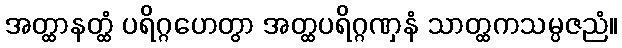
အတ္ထာနတ္ထံ ပရိဂ္ဂဟေတွာ အတ္ထပရိဂ္ဂဏှနံ သာတ္ထကသမ္ပဇညံ။